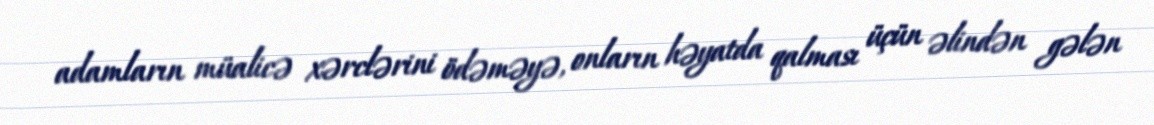
adamların müalicə xərclərini ödəməyə, onların həyatda qalması üçün əlindən gələn